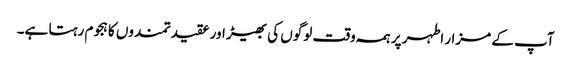
آپ کے مزار اطہر پر ہمہ وقت لوگوں کی بھیڑ اور عقیدتمندوں کا ہجوم رہتا ہے۔